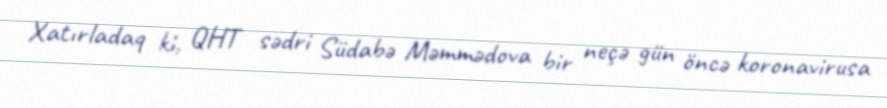
Xatırladaq ki, QHT sədri Südabə Məmmədova bir neçə gün öncə koronavirusa